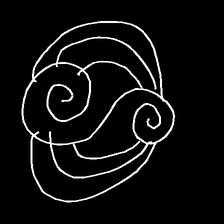
Glyph: wind-underfoot